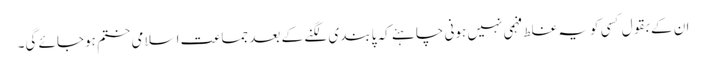
ان کے بقول کسی کو یہ غلط فہمی نہیں ہونی چاہئے کہ پابندی لگنے کے بعد جماعت اسلامی ختم ہوجائے گی۔